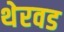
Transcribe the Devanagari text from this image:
थेरवड